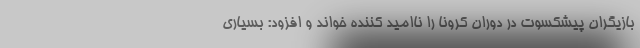
بازیگران پیشکسوت در دوران کرونا را ناامید کننده خواند و افزود: بسیاری